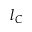
l _ { C }